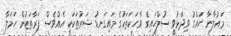
މައުލާނާ ހައްގު ވިދާޅުވީ ސުލްހައިގެ ވާހަކަތަކުގެ މައިގަނޑު ޝަރުތަކަކީ އެއްވެސް ފަރާތަކުން ހަމަލާ